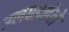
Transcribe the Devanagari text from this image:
उलघडलेले